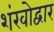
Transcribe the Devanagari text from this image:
शंखोद्वार